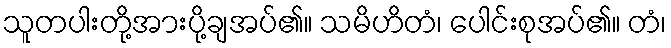
သူတပါးတို့အားပို့ချအပ်၏။ သမိဟိတံ၊ ပေါင်းစုအပ်၏။ တံ၊